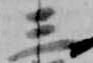
三